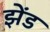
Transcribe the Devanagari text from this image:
झेंड